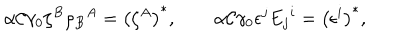
\alpha { \cal C } \gamma _ { 0 } \zeta ^ { B } \rho _ { B } { } ^ { A } = \left( \zeta ^ { A } \right) ^ { * } , \qquad \alpha { \cal C } \gamma _ { 0 } \epsilon ^ { j } E _ { j } { } ^ { i } = \left( \epsilon ^ { i } \right) ^ { * } ,